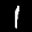
Label: 1